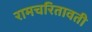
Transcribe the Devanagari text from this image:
रामचरितावती